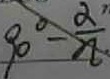
9 0 ^ { \circ } - \frac { \alpha } { n }